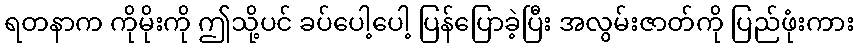
ရတနာက ကိုမိုးကို ဤသို့ပင် ခပ်ပေါ့ပေါ့ ပြန်ပြောခဲ့ပြီး အလွမ်းဇာတ်ကို ပြည်ဖုံးကား